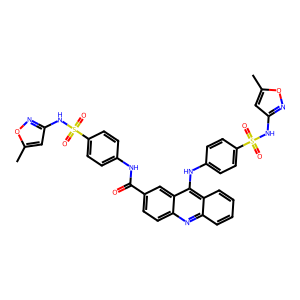
SMILES: Cc1cc(NS(=O)(=O)c2ccc(NC(=O)c3ccc4nc5ccccc5c(Nc5ccc(S(=O)(=O)Nc6cc(C)on6)cc5)c4c3)cc2)no1
Inhibits HIV replication: Yes